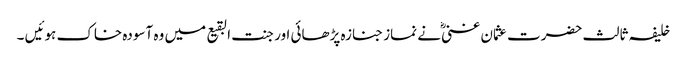
خلیفہ ثالث حضرت عثمان غنی ؓنے نماز جنازہ پڑھائی اور جنت البقیع میں وہ آسودہ خاک ہوئیں ۔